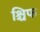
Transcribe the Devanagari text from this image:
श्चिफ